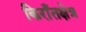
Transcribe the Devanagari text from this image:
किराँतक्षेत्र